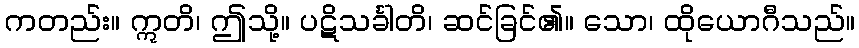
ကတည်း။ ဣတိ၊ ဤသို့။ ပဋိသင်္ခါတိ၊ ဆင်ခြင်၏။ သော၊ ထိုယောဂီသည်။